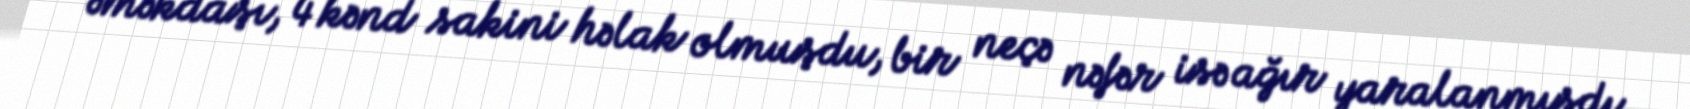
əməkdaşı, 4 kənd sakini həlak olmuşdu, bir neçə nəfər isə ağır yaralanmışdı.